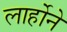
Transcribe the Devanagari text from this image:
लार्होने